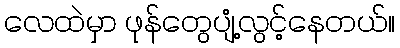
လေထဲမှာ ဖုန်တွေပျံ့လွင့်နေတယ်။